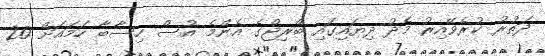
ދަތުރު ކުރެވޭއިރު މެދު ދިޔައިގައި ބްރިޖްގެ އެންމެ އުސް ހިސާބާ ހަމައަށް 20